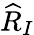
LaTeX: {\widehat{R}}_{I}